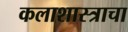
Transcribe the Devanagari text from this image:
कलाशास्त्राचा